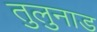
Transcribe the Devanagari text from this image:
तुलुनाड